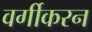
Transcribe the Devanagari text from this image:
वर्गीकरन